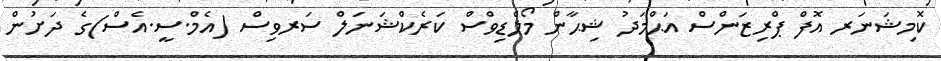
ކޮމިޝަނަރ އޮފް ޕްރިޒަންސް އަޙްމަދު ޝިޙާން މޯލްޑިވްސް ކަރެކްޝަނަލް ސަރވިސް (އެމް.ސީ.އެސް)ގެ ދަށުން